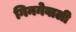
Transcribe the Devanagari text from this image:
गिननेवाली